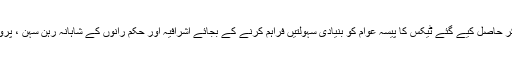
بدقسمتی سے عوام کے خون کو نچوڑ کر حاصل کیے گئے ٹیکس کا پیسہ عوام کو بنیادی سہولتيں فراہم کرنے کے بجائے اشرافیہ اور حکم رانوں کے شاہانہ رہن سہن ، پروٹوکول اور عیاشیوں کی نذر ہوجاتا ہے۔